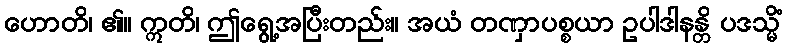
ဟောတိ၊ ၏။ ဣတိ၊ ဤရွေ့အပြီးတည်း။ အယံ တဏှာပစ္စယာ ဥပါဒါနန္တိ ပဒသ္မိံ